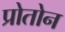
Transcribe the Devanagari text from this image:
प्रोतोन